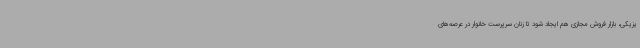
یزیکی، بازار فروش مجازی هم ایجاد شود تا زنان سرپرست خانوار در عرصه‌های